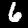
Digit: 6